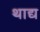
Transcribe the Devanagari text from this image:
थाद्य